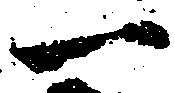
一